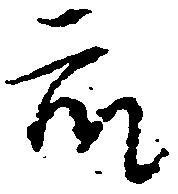
衆